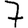
Digit: 7